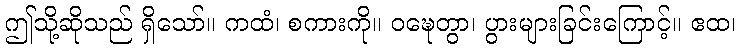
ဤသို့ဆိုသည် ရှိသော်။ ကထံ၊ စကားကို။ ဝဍ္ဎေတွာ၊ ပွားများခြင်းကြောင့်။ ဧထ၊